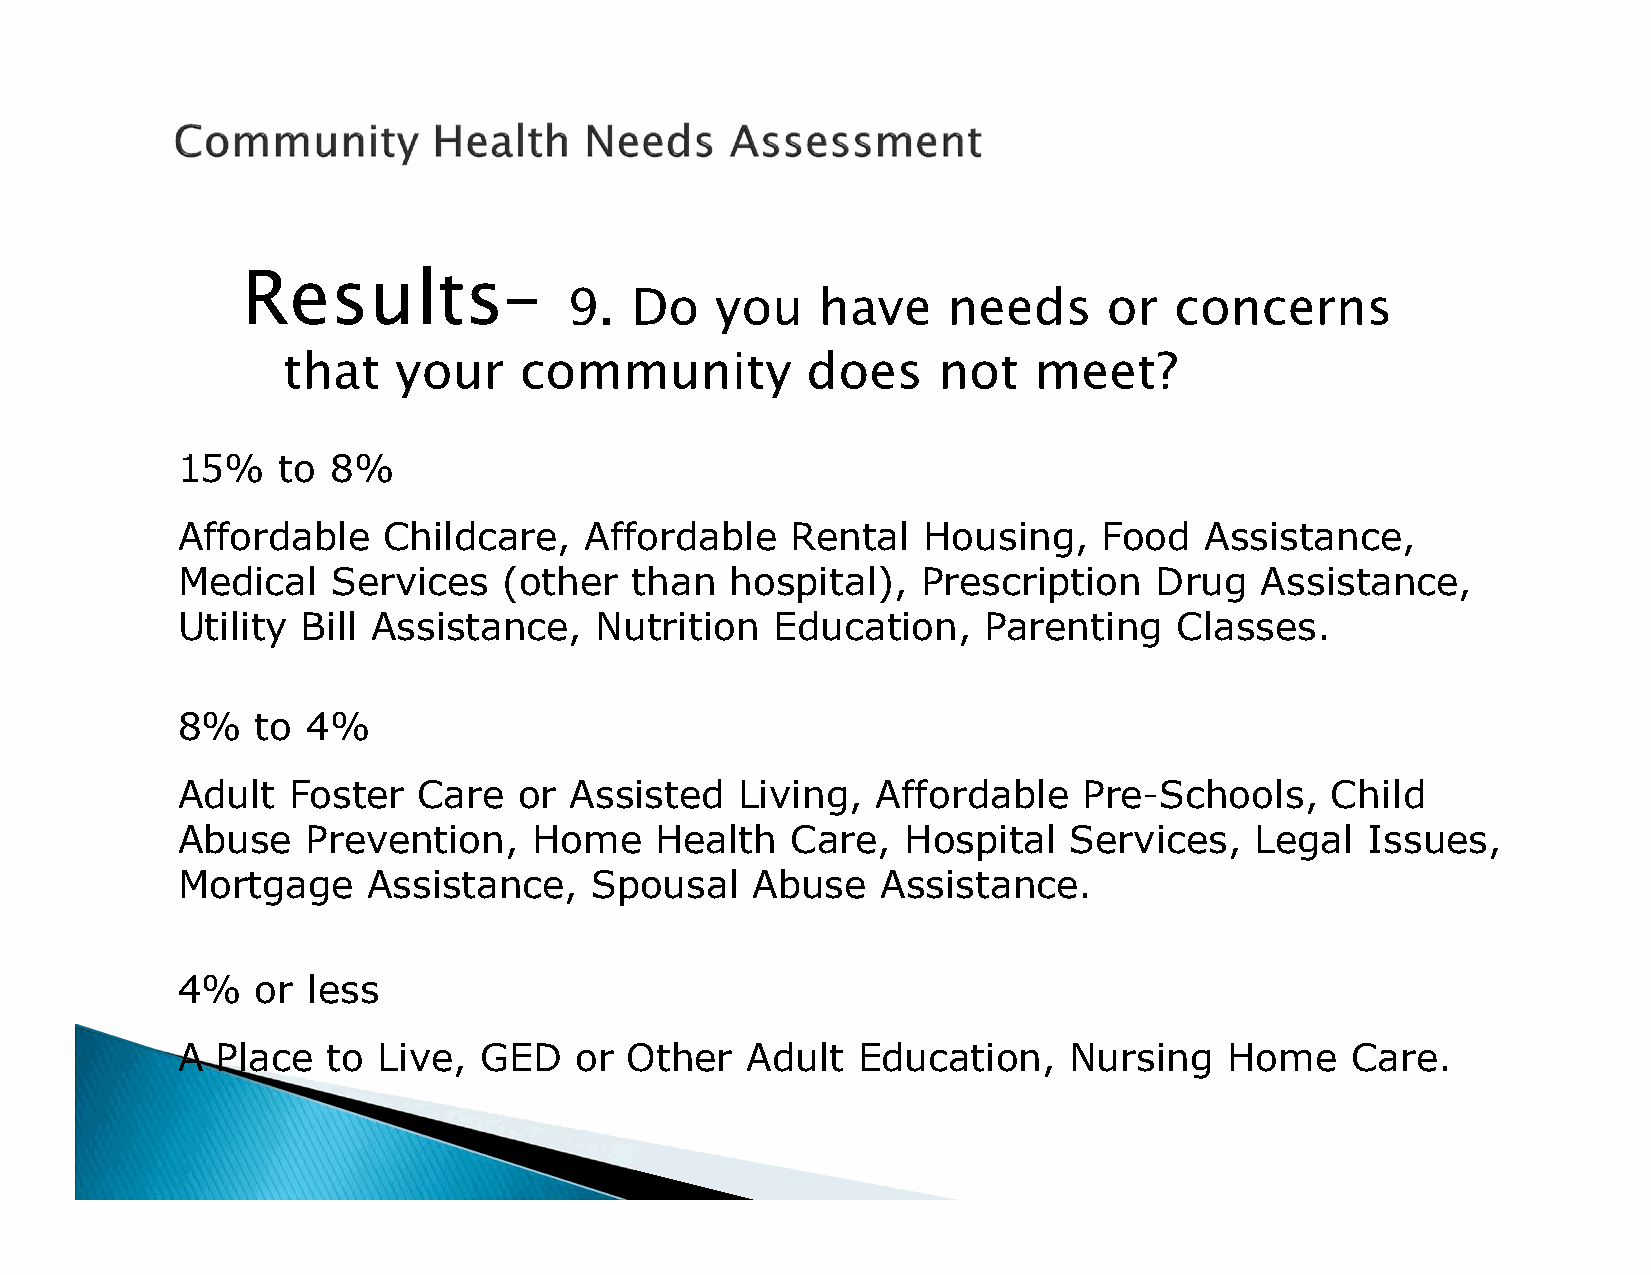
Results–
 9.  Do   you    have     needs     or   concerns
 that   your    community          does     not   meet?
 15%   to  8%
 Affordable   Childcare,    Affordable   Rental   Housing,    Food   Assistance,
 Medical   Services   (other   than  hospital),   Prescription   Drug   Assistance,
 Utility Bill Assistance,   Nutrition   Education,    Parenting    Classes.
 8%   to 4%
 Adult  Foster   Care  or  Assisted   Living,  Affordable    Pre-Schools,    Child
 Abuse   Prevention,    Home    Health   Care,   Hospital   Services,   Legal   Issues,
 Mortgage    Assistance,    Spousal    Abuse   Assistance.
 4%   or less
 A Place   to Live,  GED   or  Other  Adult   Education,    Nursing   Home    Care.